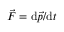
{ \vec { F } } = \mathrm { d } { \vec { p } } / \mathrm { d } t